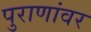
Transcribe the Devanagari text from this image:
पुराणांवर